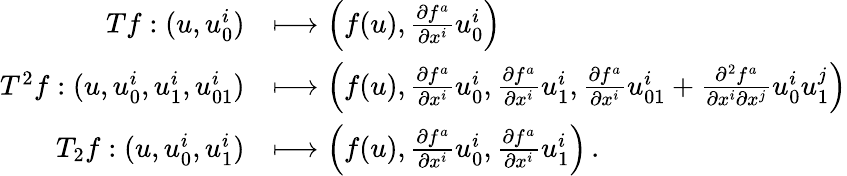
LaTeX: \begin{array}{rl}{{T}f:(u,u_{0}^{i})}&{\longmapsto\Bigl(f(u),\frac{\partial f^{a}}{\partial x^{i}}u_{0}^{i}\Bigr)}\\ {{T}^{2}f:(u,u_{0}^{i},u_{1}^{i},u_{01}^{i})}&{\longmapsto\Bigl(f(u),\frac{\partial f^{a}}{\partial x^{i}}u_{0}^{i},\frac{\partial f^{a}}{\partial x^{i}}u_{1}^{i},\frac{\partial f^{a}}{\partial x^{i}}u_{01}^{i}+\frac{\partial^{2}f^{a}}{\partial x^{i}\partial x^{j}}u_{0}^{i}u_{1}^{j}\Bigr)}\\ {{T}_{2}f:(u,u_{0}^{i},u_{1}^{i})}&{\longmapsto\Bigl(f(u),\frac{\partial f^{a}}{\partial x^{i}}u_{0}^{i},\frac{\partial f^{a}}{\partial x^{i}}u_{1}^{i}\Bigr)\, .}\end{array}